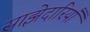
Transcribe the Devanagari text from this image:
साझेदारियाँ